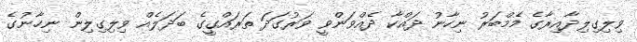
ވިލިގިލިދާއިރާގެ މެމްބަރު ނިހާނު ދައްކާ ދެއްވަންވީ ވަރުގަދަ ތަރައްގީގެ ބަދަލެއް ވިލިގިލިން ނިހާނުގެ